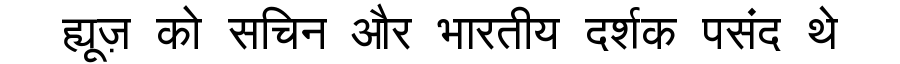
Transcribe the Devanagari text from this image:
ह्यूज़ को सचिन और भारतीय दर्शक पसंद थे